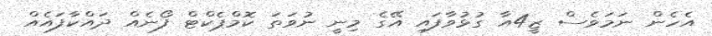
އެހެން ނަމަވެސް ޒީ4އާ ގުޅުވާފައި އޭގެ މިނީ ނުވަތަ ކޮމްޕެކްޓް ފޯނެއް ދައްކާފައެއް